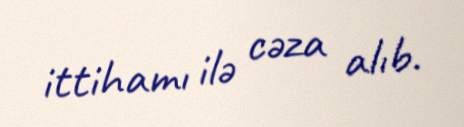
ittihamı ilə cəza alıb.